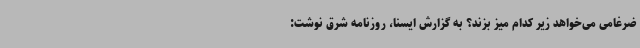
ضرغامی می‌خواهد زیر کدام میز بزند؟ به گزارش ایسنا، روزنامه شرق نوشت: